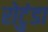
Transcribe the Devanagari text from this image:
रोटुंडा